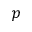
p